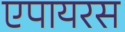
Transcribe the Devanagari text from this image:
एपायरस